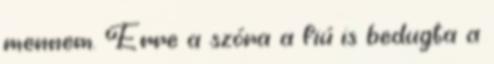
mennem. Erre a szóra a fiú is bedugta a